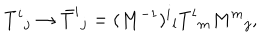
T ^ { i } { } _ { j } \rightarrow \bar { T } ^ { i } { } _ { j } = ( M ^ { - 1 } ) ^ { i } { } _ { l } T ^ { l } { } _ { m } M ^ { m } { } _ { j } ,